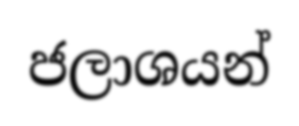
ජලාශයන්